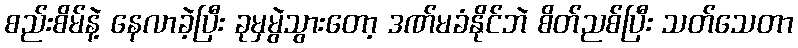
စည်းစိမ်နဲ့ နေလာခဲ့ပြီး ခုမှမွဲသွားတော့ ဒဏ်မခံနိုင်ဘဲ စိတ်ညစ်ပြီး သတ်သေတာ